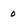
Character: 0